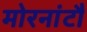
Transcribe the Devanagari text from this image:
मोरनांटौ